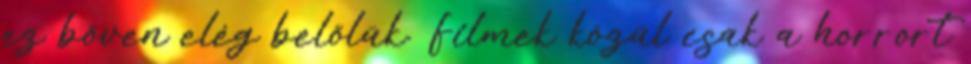
ez bőven elég belőlük. Filmek közül csak a horrort